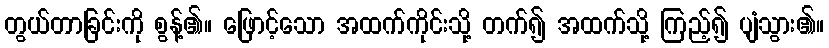
တွယ်တာခြင်းကို စွန့်၏။ ဖြောင့်သော အထက်ကိုင်းသို့ တက်၍ အထက်သို့ ကြည့်၍ ပျံသွား၏။